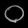
Digit: ၀